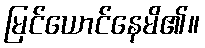
မြင်ယောင်နေမိ၏။